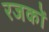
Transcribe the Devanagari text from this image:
रजकों